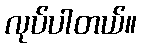
လုပ်ပါတယ်။